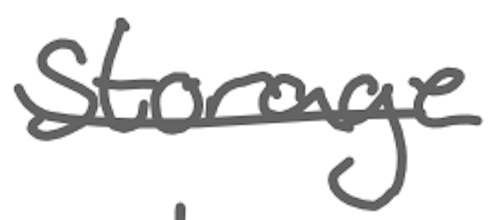
Text: storage
Cross-out: single-line
Writing tool: digital_gray